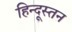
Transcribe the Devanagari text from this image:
हिन्दूस्तन